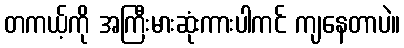
တကယ့်ကို အကြီးမားဆုံးကားပါကင် ကျနေတာပဲ။